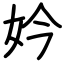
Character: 妗